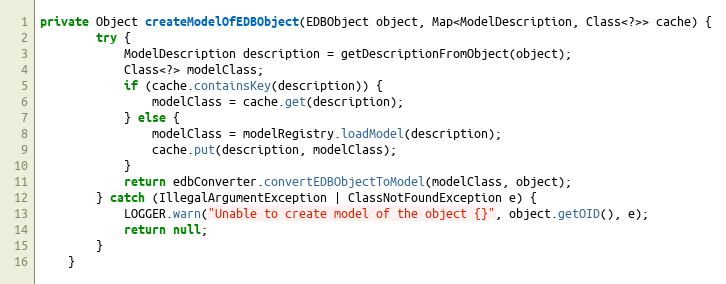
Language: Java
private Object createModelOfEDBObject(EDBObject object, Map<ModelDescription, Class<?>> cache) {
        try {
            ModelDescription description = getDescriptionFromObject(object);
            Class<?> modelClass;
            if (cache.containsKey(description)) {
                modelClass = cache.get(description);
            } else {
                modelClass = modelRegistry.loadModel(description);
                cache.put(description, modelClass);
            }
            return edbConverter.convertEDBObjectToModel(modelClass, object);
        } catch (IllegalArgumentException | ClassNotFoundException e) {
            LOGGER.warn("Unable to create model of the object {}", object.getOID(), e);
            return null;
        }
    }